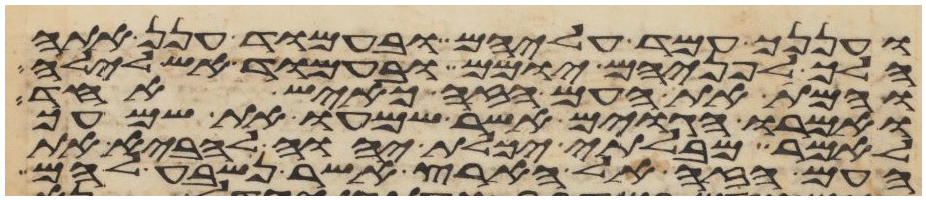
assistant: ועננך עמד עליהם ובעמוד ענן אתה
הלך לפניהם יומם ובעמוד אש לילה
והמת את העם הזה כאיש אחד
ואמרו הגוים אשר שמעו את שמעך
לאמר מבלתי יכלת יהוה להביא את
העם הזה אל הארץ אשר נשבע להם